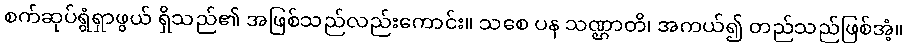
စက်ဆုပ်ရွံရှာဖွယ် ရှိသည်၏ အဖြစ်သည်လည်းကောင်း။ သစေ ပန သဏ္ဌာတိ၊ အကယ်၍ တည်သည်ဖြစ်အံ့။